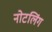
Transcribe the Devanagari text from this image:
नोटलिंग